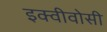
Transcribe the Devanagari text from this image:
इक्वीवोसी